Report of the King Institute of Preventive Medicine, Guindy
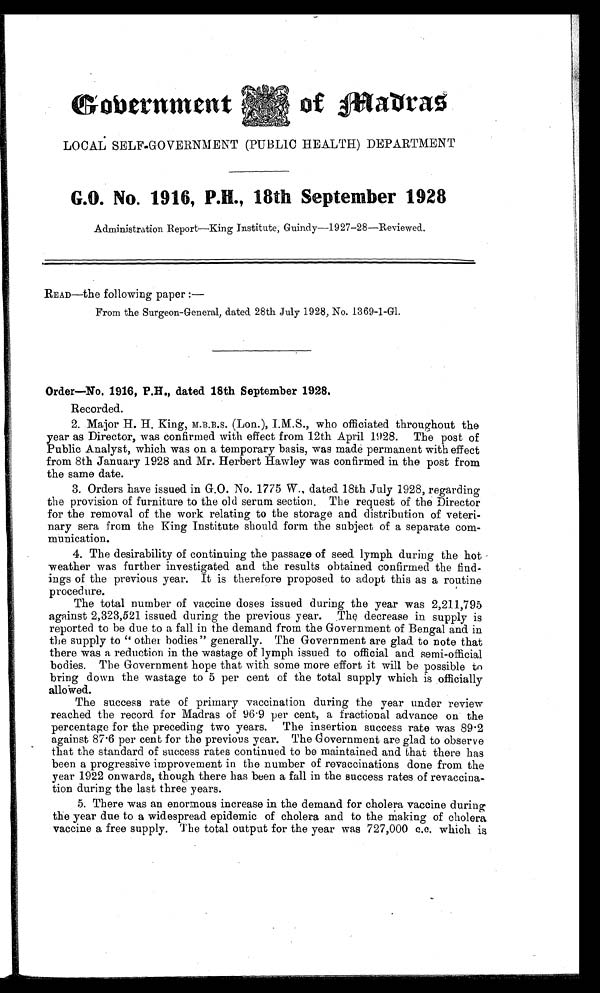
Gobernment of madras
LOCAL SELF–GOVERNMENT (PUBLIC HEALTH) DEPARTMENT
G.O. No. 1916, P.H., 18th September 1928
Administration Report—King Institute, Guindy—1927–28—Reviewed.
READ—the following paper : —
From the Surgeon–General, dated 28th July 1928, No. 1369–1–G1.
Order—No. 1916, P.H., dated 18th September 1928.
Recorded.
2 . M a j o r H . H . K i n g , M . B . B . S . ( L o n . ) , I . M . S . , w h o o f f i c i a t e d t h r o u g h o u t t h e
year as Director, was confirmed with effect from 12th April 1928. The post of
Public Analyst, which was on a temporary basis, was made permanent with effect
from 8th January 1928 and Mr. Herbert Hawley was confirmed in the post from
the same date.
3 . O r d e r s h a v e i s s u e d i n G . O . N o . 1 7 7 5 W . , d a t e d 1 8 t h J u l y 1 9 2 8 , r e g a r d i n g
the provision of furniture to the old serum section. The request of the Director
for the removal of the work relating to the storage and distribution of veteri–
nary sera from the King Institute should form the subject of a separate com
–
munication.
4. The desirability of continuing the passage of seed lymph during the hot
weather was further investigated and the results obtained confirmed the find
–ings of the previous year. It is therefore proposed to adopt this as a routine
procedure.
The total number of vaccine doses issued during the year was 2,211,795
against 2,323,521 issued during the previous year. The decrease in supply is
reported to be due to a fall in the demand from the Government of Bengal and in
the supply to “ other bodies ” generally. The Government are glad to note that
there was a reduction in the wastage of lymph issued to official and semi–official
bodies. The Government hope that with some more effort it will be possible to
bring down the wastage to 5 per cent of the total supply which is officially allowed.
The success rate of primary vaccination during the year under review
reached the record for Madras of 96.9 per cent, a fractional advance on the
percentage for the preceding two years. The insertion success rate was 89.2
against 87.6 per cent for the previous year. The Government are glad to observe
that the standard of success rates continued to be maintained and that there has
been a progressive improvement in the number of revaccinations done from the
year 1922 onwards, though there has been a fall in the success rates of revaccina
–tion during the last three years.
5. There was an enormous increase in the demand for cholera vaccine during
the year due to a widespread epidemic of cholera and to the making of cholera
vaccine a free supply. The total output for the year was 727,000 c.c. which is